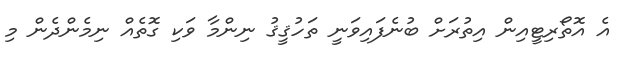
އެ އޮތޯރިޓީއިން އިތުރަށް ބުނެފައިވަނީ ތަހުޤީޤު ނިންމާ ވަކި ގޮތެއް ނިމެންދެން މި